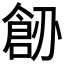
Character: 𠟐